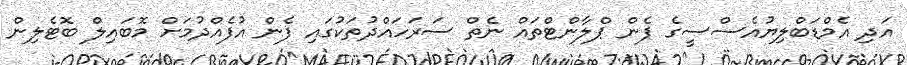
އަދި އެމްޑަބްލިޔުއެސްސީގެ ފެން ޕްލާންޓްތައް ނެތް ސަރަހައްދުތަކުގައި ފެން އުފެއްދުމަށް މޮބައިލް ބޮޓެލިން